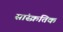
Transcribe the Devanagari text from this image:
सांस्क्रतिक